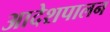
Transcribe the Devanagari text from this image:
आदेशपालन